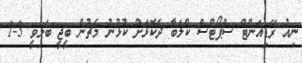
ނިއު ރޭޑިއަންޓް ސްޕޯޓްސް ކްލަބާ ދެކޮޅަށް ކުޅުނު މެޗުން ބީޖީ ބަލިވީ 3-1